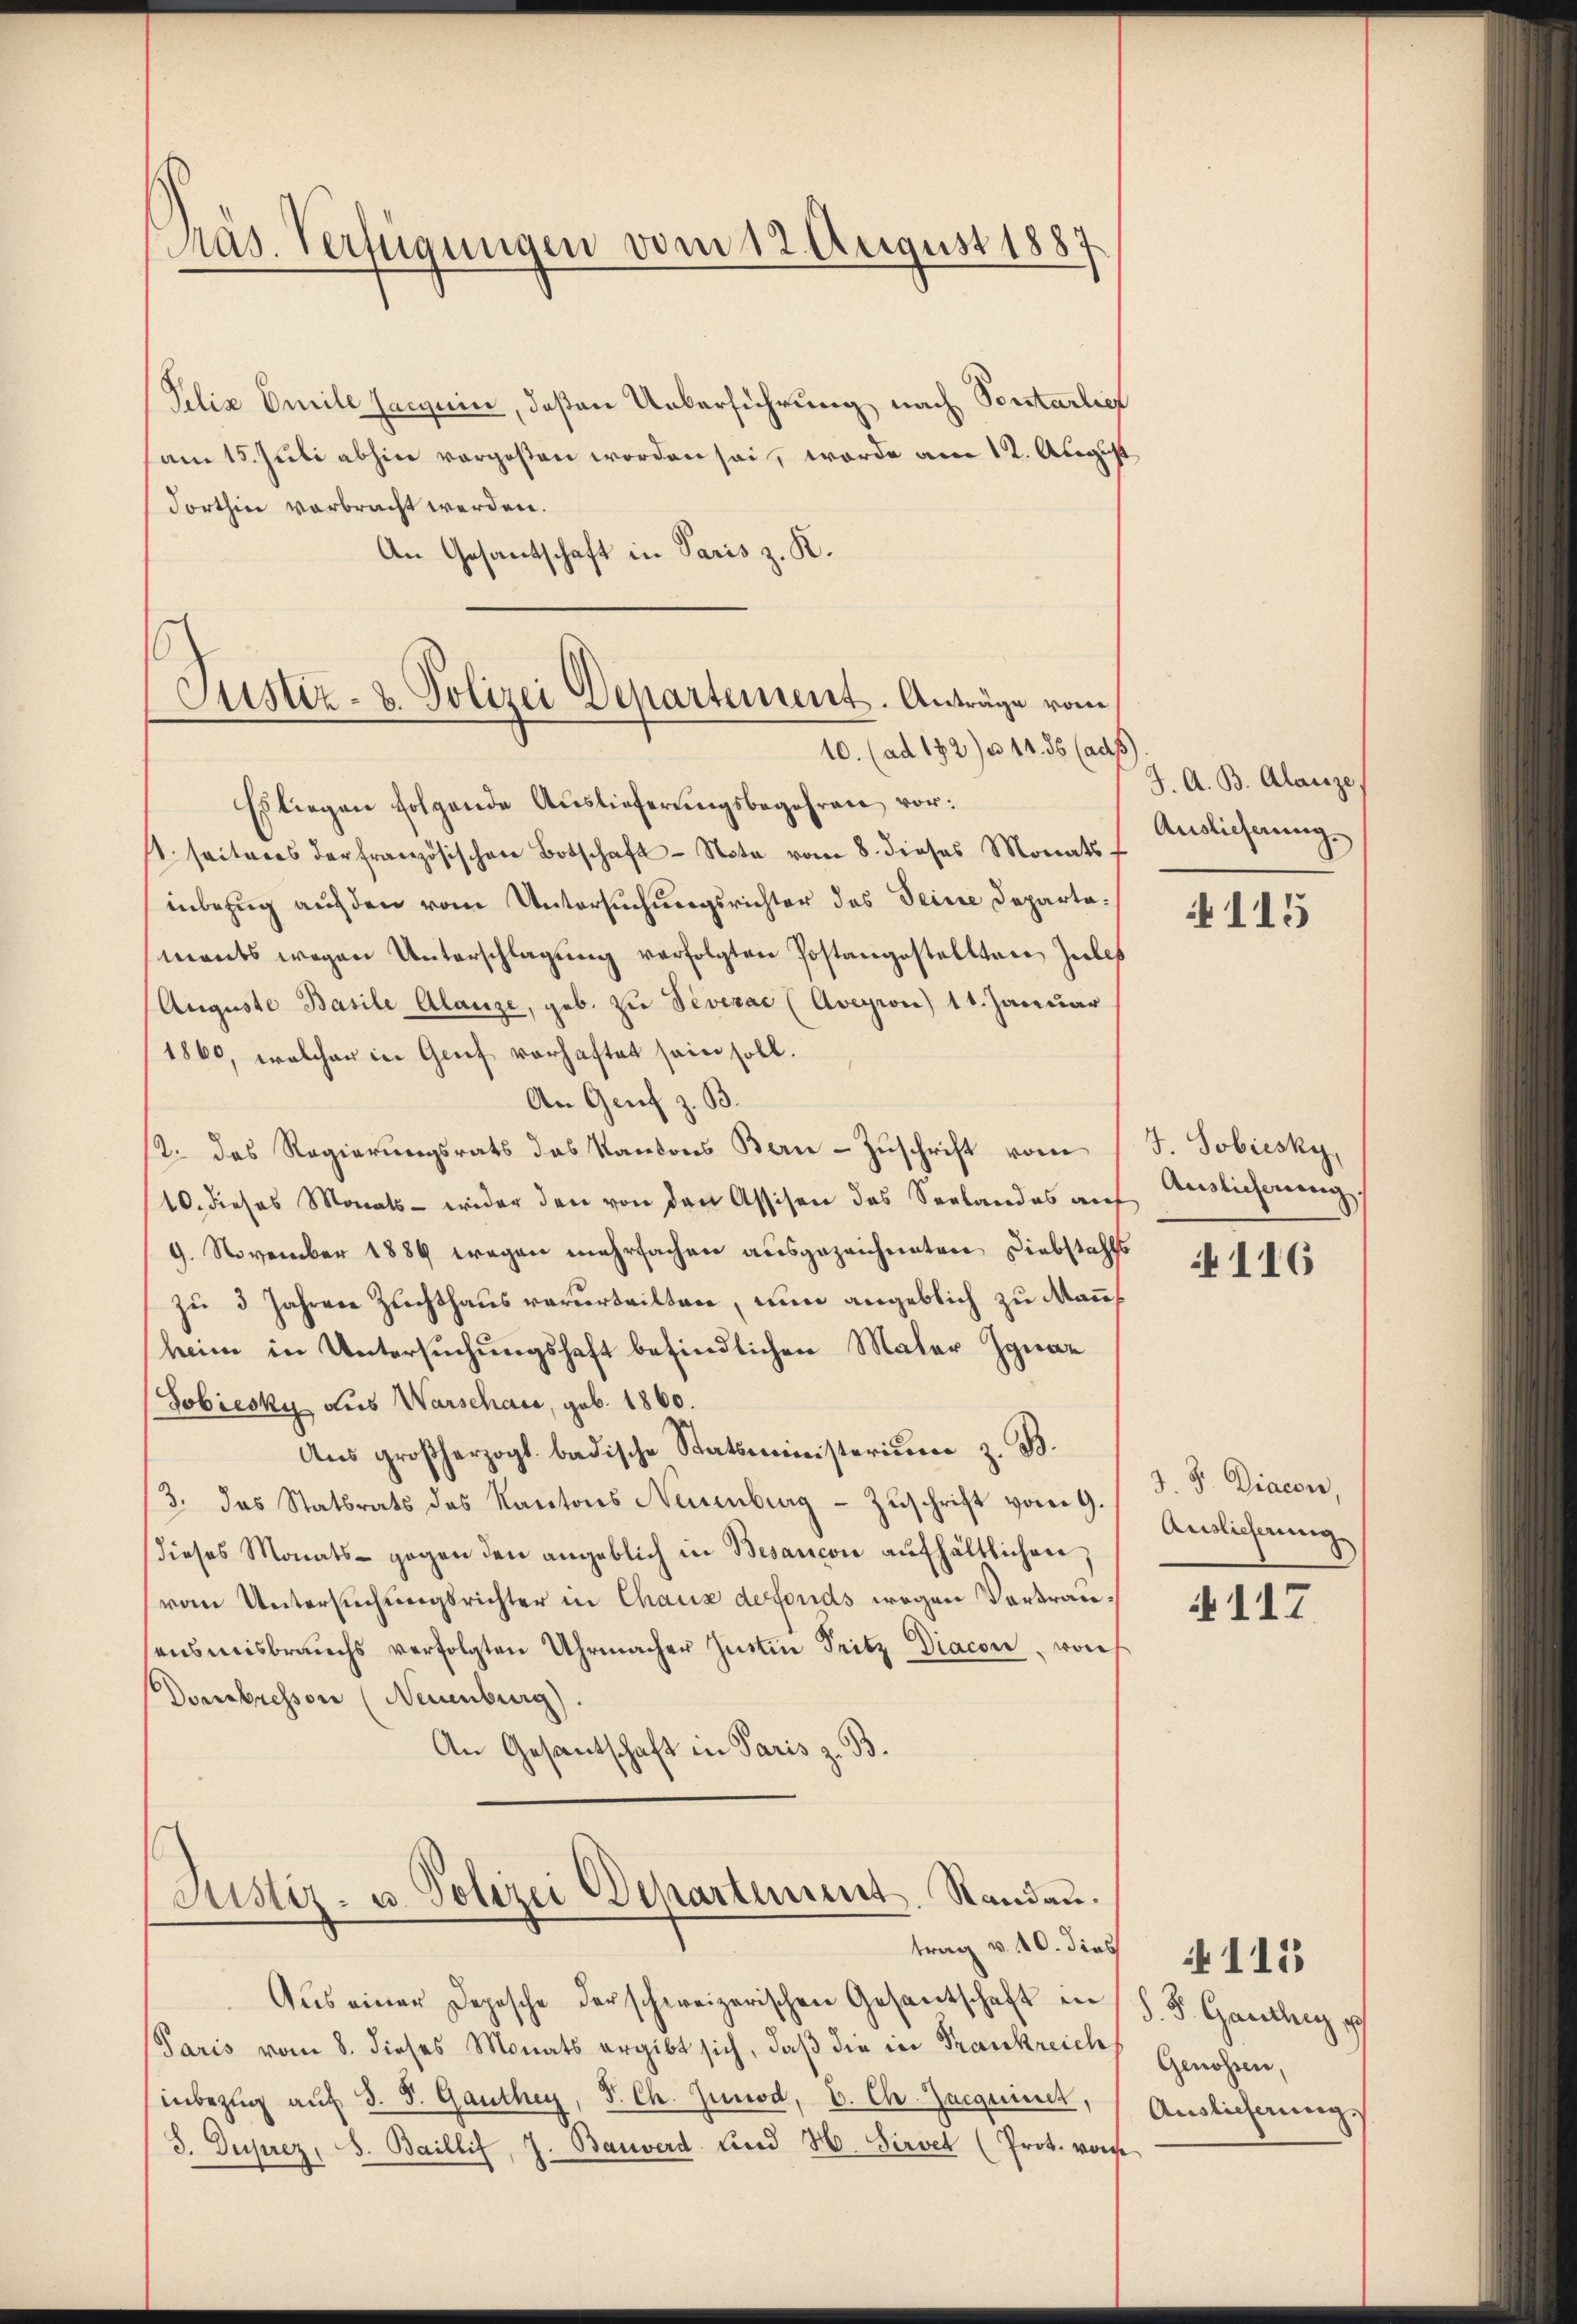
Präs. Verfügungen vom 12. August 1883

Justiz- & Polizei Departement. Anträge vom

Felix Emile Jacquis, deßen Ueberführung nach Sontarlief
am 15. Juli abhin vorgesten worden sei, worde am 12. August
Forthin verbracht werden.
An Gesantschaft in Paris z. R.
10. (ad 192) u. 14. ds (ads)
Es liegen folgende Auslieferungsbegehren vor:
t. seiteres der französischen Botschaft Note vom 8. dieses Monats
inbezug auf den vom Untersuchungsrichter das Seine Departamants wegen Unterschlagung verfolgten Postangestellten Jules
Auguste Basile Alanze, geb. zu Sevezac (Aveyron) 11. Januar
1860, welcher in Grief vorhaftet sein soll.
An Genf z. B.
12. das Regierungsrats das Kantons Bern Zuschrift vom
10. dieses Monats- wider den von den Assisen des Seelandes aŭf Alicherŭng,
9. November 1889 wegen mehrfachen ausgezeichneten Diebstahls
zu 3 Jahren Zuchthaus verurteilten, nun angeblich zu Manns
heim in Untersuchungshaft befindlichen Maler Ignaz
Sobiesky aus Warschau, geb. 1860.
Aus großherzogl. badische Statsministerium z. B.
3. das Statsrats des Kantons Neuenburg - Zuschrift vom 9.
dieses Monats- gegen den angeblich in Besancon aŭfhältlichen,
vom Untersuchungsrichter in Chaus defonds wegen Vortrauensmisbrauchs verfolgten Uhrmacher Justin Seitz Diacon von
Dombressen (Neuenburg).
An Gesantschaft in Paris z. B

Prustiz- u. Polizei Departement. Standau.

trag v. 10. dies
Aus einer Depesche der schweizerischen Gesantschaft in
Paris vom 8. dieses Monats ergibt sich, daß die in Frankreich
inbezug auf 3. S. Ganthey, J. Ch. Zunod, C. Ch. Zacquiret,
S. Deprez, B. Baillif, J. Bauverd sind H. Sirvet (Prot. vors

J. A. B. Alanze,
Auslieferung.

115

J. Sobiesky,

116

J. J. Diacon,
Anslichnung

N 117

d. d. Ganthey e
Genossen,
Auslieferung.

4115